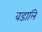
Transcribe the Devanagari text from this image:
वडालि